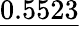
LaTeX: \underline{{0.5523}}